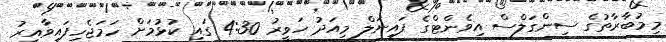
މިމުބާރާތުގެ ސިންގަލްސް އިވެންޓްގެ ފައިނަލް މިއަދު ހަވީރު 4:30 ގައި ކުޅުމަށް ހަމަޖެހިފައިވާއިރު